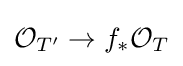
{\mathcal {O}}_{T'}\to f_{*}{\mathcal {O}}_{T}